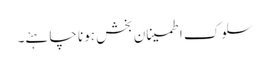
سلوک اطمینان بخش ہونا چاہئے۔